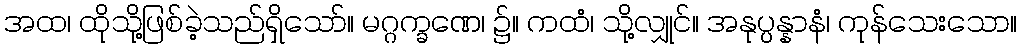
အထ၊ ထိုသို့ဖြစ်ခဲ့သည်ရှိသော်။ မဂ္ဂက္ခဏေ၊ ၌။ ကထံ၊ သို့လျှုင်။ အနုပ္ပန္နာနံ၊ ကုန်သေးသော။